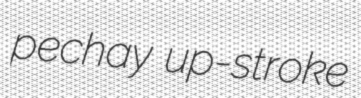
pechay up-stroke